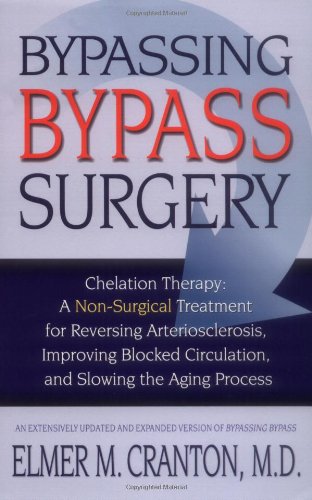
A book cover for Bypassing Bypass Surgery: Chelation Therapy: A Non-surgical Treatment for Reversing Arteriosclerosis, Improving Blocked Circulation, and Slowing the Aging Process; Elmer M. Cranton; Health, Fitness & Dieting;